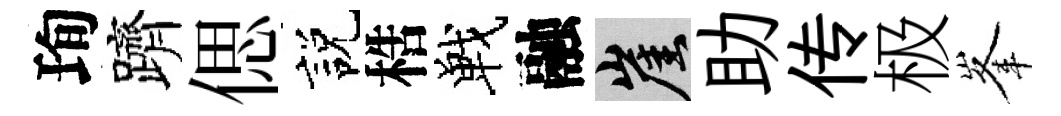
珣躋偲説梏戰融崖助传极峯